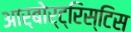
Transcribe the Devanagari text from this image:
आर्बोर्ट्रिस्टिस